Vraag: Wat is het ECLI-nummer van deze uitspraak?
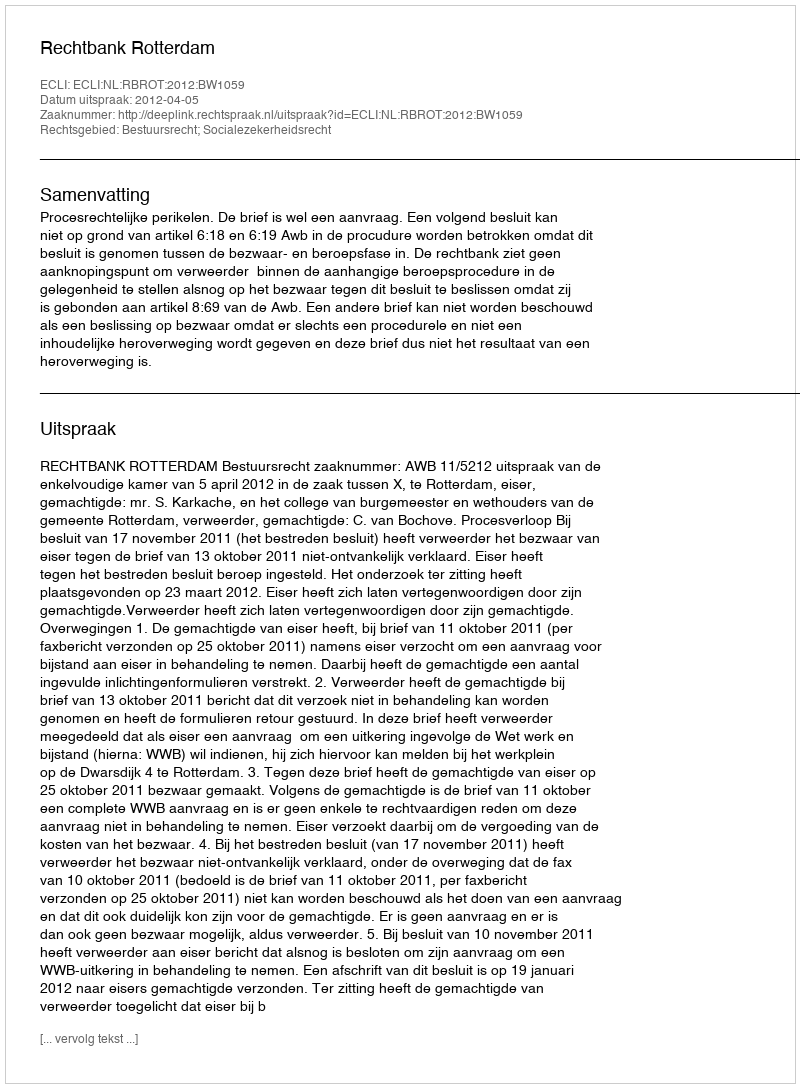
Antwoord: ECLI:NL:RBROT:2012:BW1059